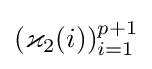
(\varkappa _{2}(i))_{i=1}^{p+1}